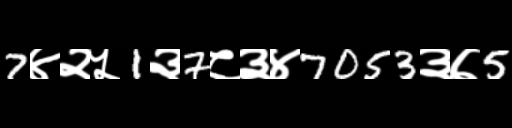
Text: 7४२५1३7८३४7053३७5